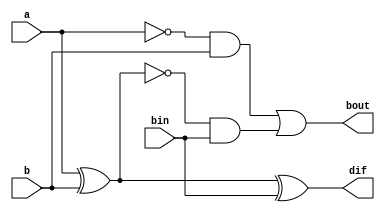
module fullsubr(input  a, b, bin,output reg dif, bout);
always @(a or b or bin)
  begin 
  dif = a ^ b ^ bin; 
  bout = (~a & b) | (~(a ^ b) & bin); 
  end
endmodule